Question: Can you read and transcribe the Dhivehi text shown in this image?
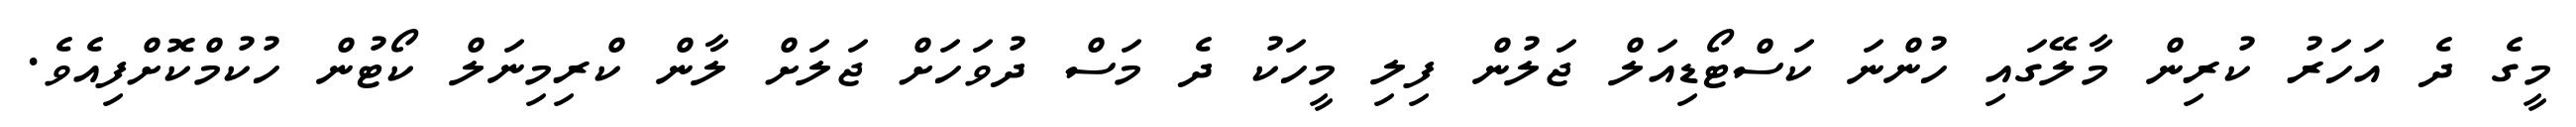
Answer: މީގެ ދެ އަހަރު ކުރިން މާލޭގައި ހުންނަ ކަސްޓޯޑިއަލް ޖަލުން ފިލި މީހަކު ދެ މަސް ދުވަހަށް ޖަލަށް ލާން ކްރިމިނަލް ކޯޓުން ހުކުމްކޮށްފިއެވެ.